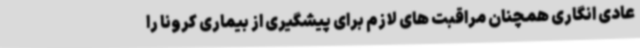
عادی انگاری همچنان مراقبت های لازم برای پیشگیری از بیماری کرونا را